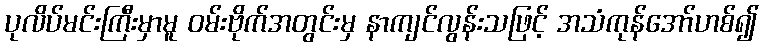
ပုလိပ်မင်းကြီးမှာမူ ဝမ်းဗိုက်အတွင်းမှ နာကျင်လွန်းသဖြင့် အသံကုန်အော်ဟစ်၍